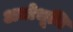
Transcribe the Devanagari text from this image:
अधोभूमि